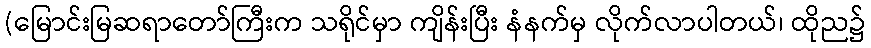
(မြောင်းမြဆရာတော်ကြီးက သရိုင်မှာ ကျိန်းပြီး နံနက်မှ လိုက်လာပါတယ်၊ ထိုည၌